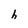
Character: h